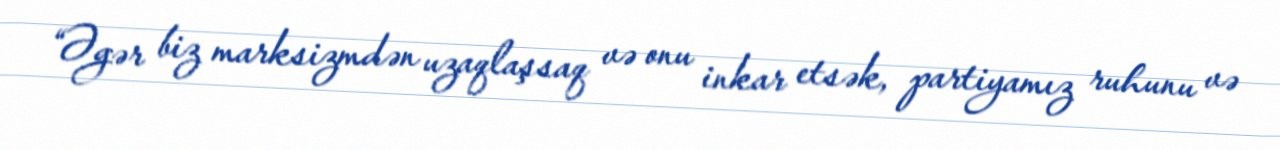
“Əgər biz marksizmdən uzaqlaşsaq və onu inkar etsək, partiyamız ruhunu və